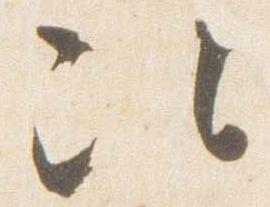
次